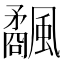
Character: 𩙅